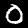
Digit: 0